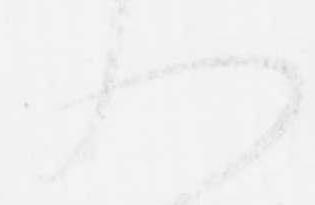
入